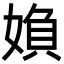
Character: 媍